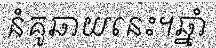
នំគូឆាយនេះ។ឆ្នាំ